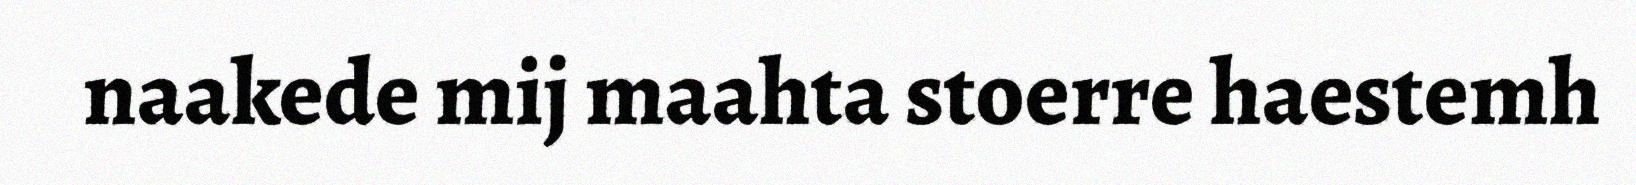
naakede mij maahta stoerre haestemh